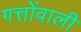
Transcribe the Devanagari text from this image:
गत्तोंवाली